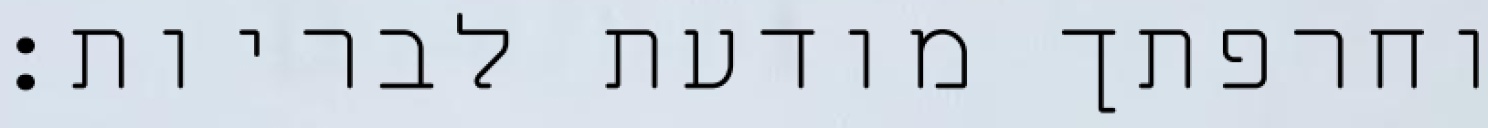
וחרפתך מודעת לבריות: